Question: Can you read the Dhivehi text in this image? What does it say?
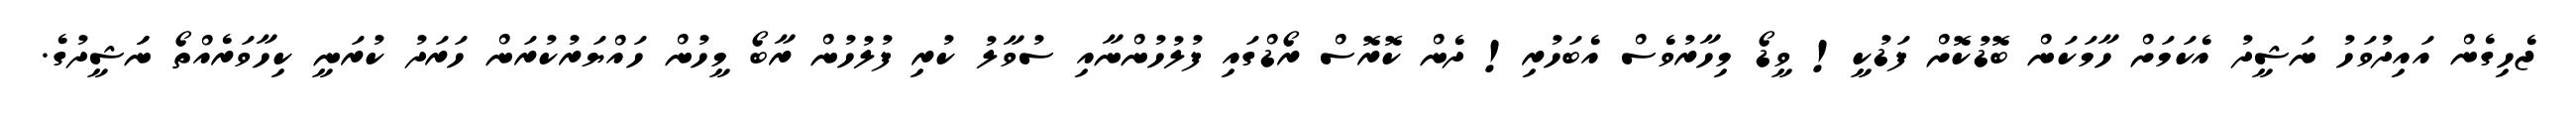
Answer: ޖެހިގެން އައިދުވަހު ނަޝީދު އެކަމަށް ހާމަކަން ބޮޑުކޮށް ފަޑުކީ! ވީޑޯ މިހާރުވެސް އެބަހުރި! ދެން ކޮރޮސް ރޯޑްގައި ފުލުހުންނާއި ސުވާލު ކުރި ފުލުހުން ރާބޯ މީހުން ހައްޔަރުކުރަން ހަރަދު ކުރަނީ ކިހާވަރެއްތޯ ނަަޝީދުގެ.